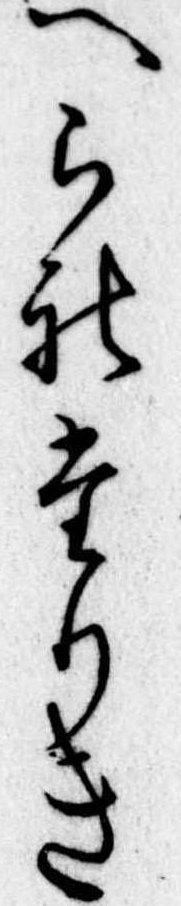
へられたりき